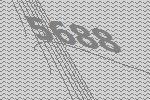
5688